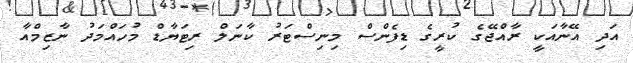
އަދި އޭނާއަކީ ރާއްޖޭގެ ކުރީގެ ޑިފެންސް މިނިސްޓަރު ކާނަލް ރިޓަޔާޑް މުހައްމަދު ނާޒިމްއާ